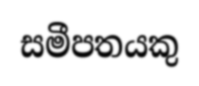
සමීපතයකු